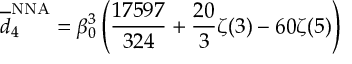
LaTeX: \overline { { { d } } } _ { 4 } ^ { \mathrm { N N A } } = \beta _ { 0 } ^ { 3 } \left( { \frac { 1 7 5 9 7 } { 3 2 4 } } + { \frac { 2 0 } { 3 } } \zeta ( 3 ) - 6 0 \zeta ( 5 ) \right)